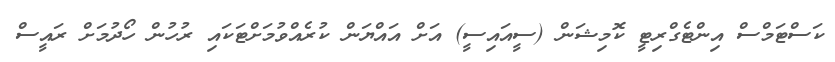
ކަސްޓަމްސް އިންޓެގްރިޓީ ކޮމިޝަން (ސީއައިސީ) އަށް އައްޔަން ކުރެއްވުމަށްޓަކައި ރުހުން ހޯދުމަށް ރައީސް